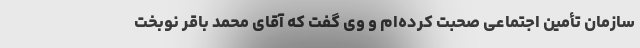
سازمان تأمین اجتماعی صحبت کرده‌ام و وی گفت که آقای محمد باقر نوبخت